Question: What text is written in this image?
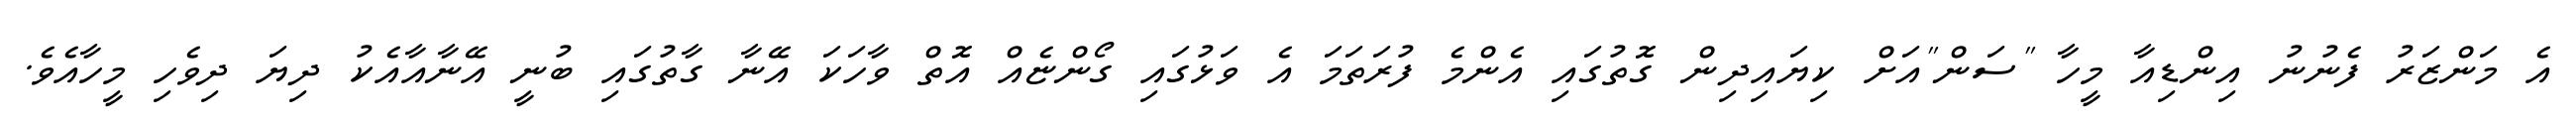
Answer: އެ މަންޒަރު ފެނުނު އިންޑިއާ މީހާ "ސަން"އަށް ކިޔައިދިން ގޮތުގައި އެންމެ ފުރަތަމަ އެ ވަޅުގައި ގޯންޏެއް އޮތް ވާހަކަ އޭނާ ގާތުގައި ބުނީ އޭނާއާއެކު ދިޔަ ދިވެހި މީހާއެވެ.